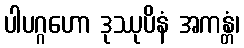
ပါပဂ္ဂဟော ဒုဿုပိနံ အကန္တံ၊